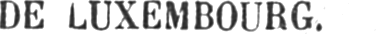
DE LUXEMBOURG.